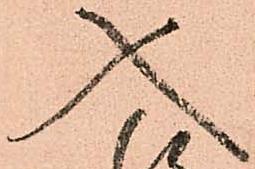
入